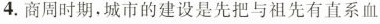
4.商周时期，城市的建设是先把与祖先有直系血